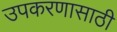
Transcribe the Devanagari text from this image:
उपकरणासाठी